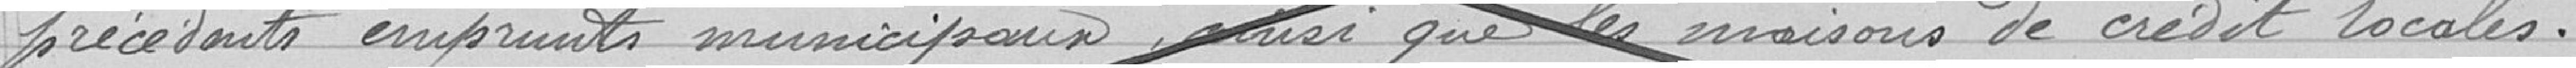
précédents emprunts municipaux, ainsi que les maisons de crédit locales.